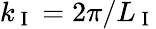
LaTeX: k_{\mathrm{~I~}}=2\pi/L_{\mathrm{~I~}}